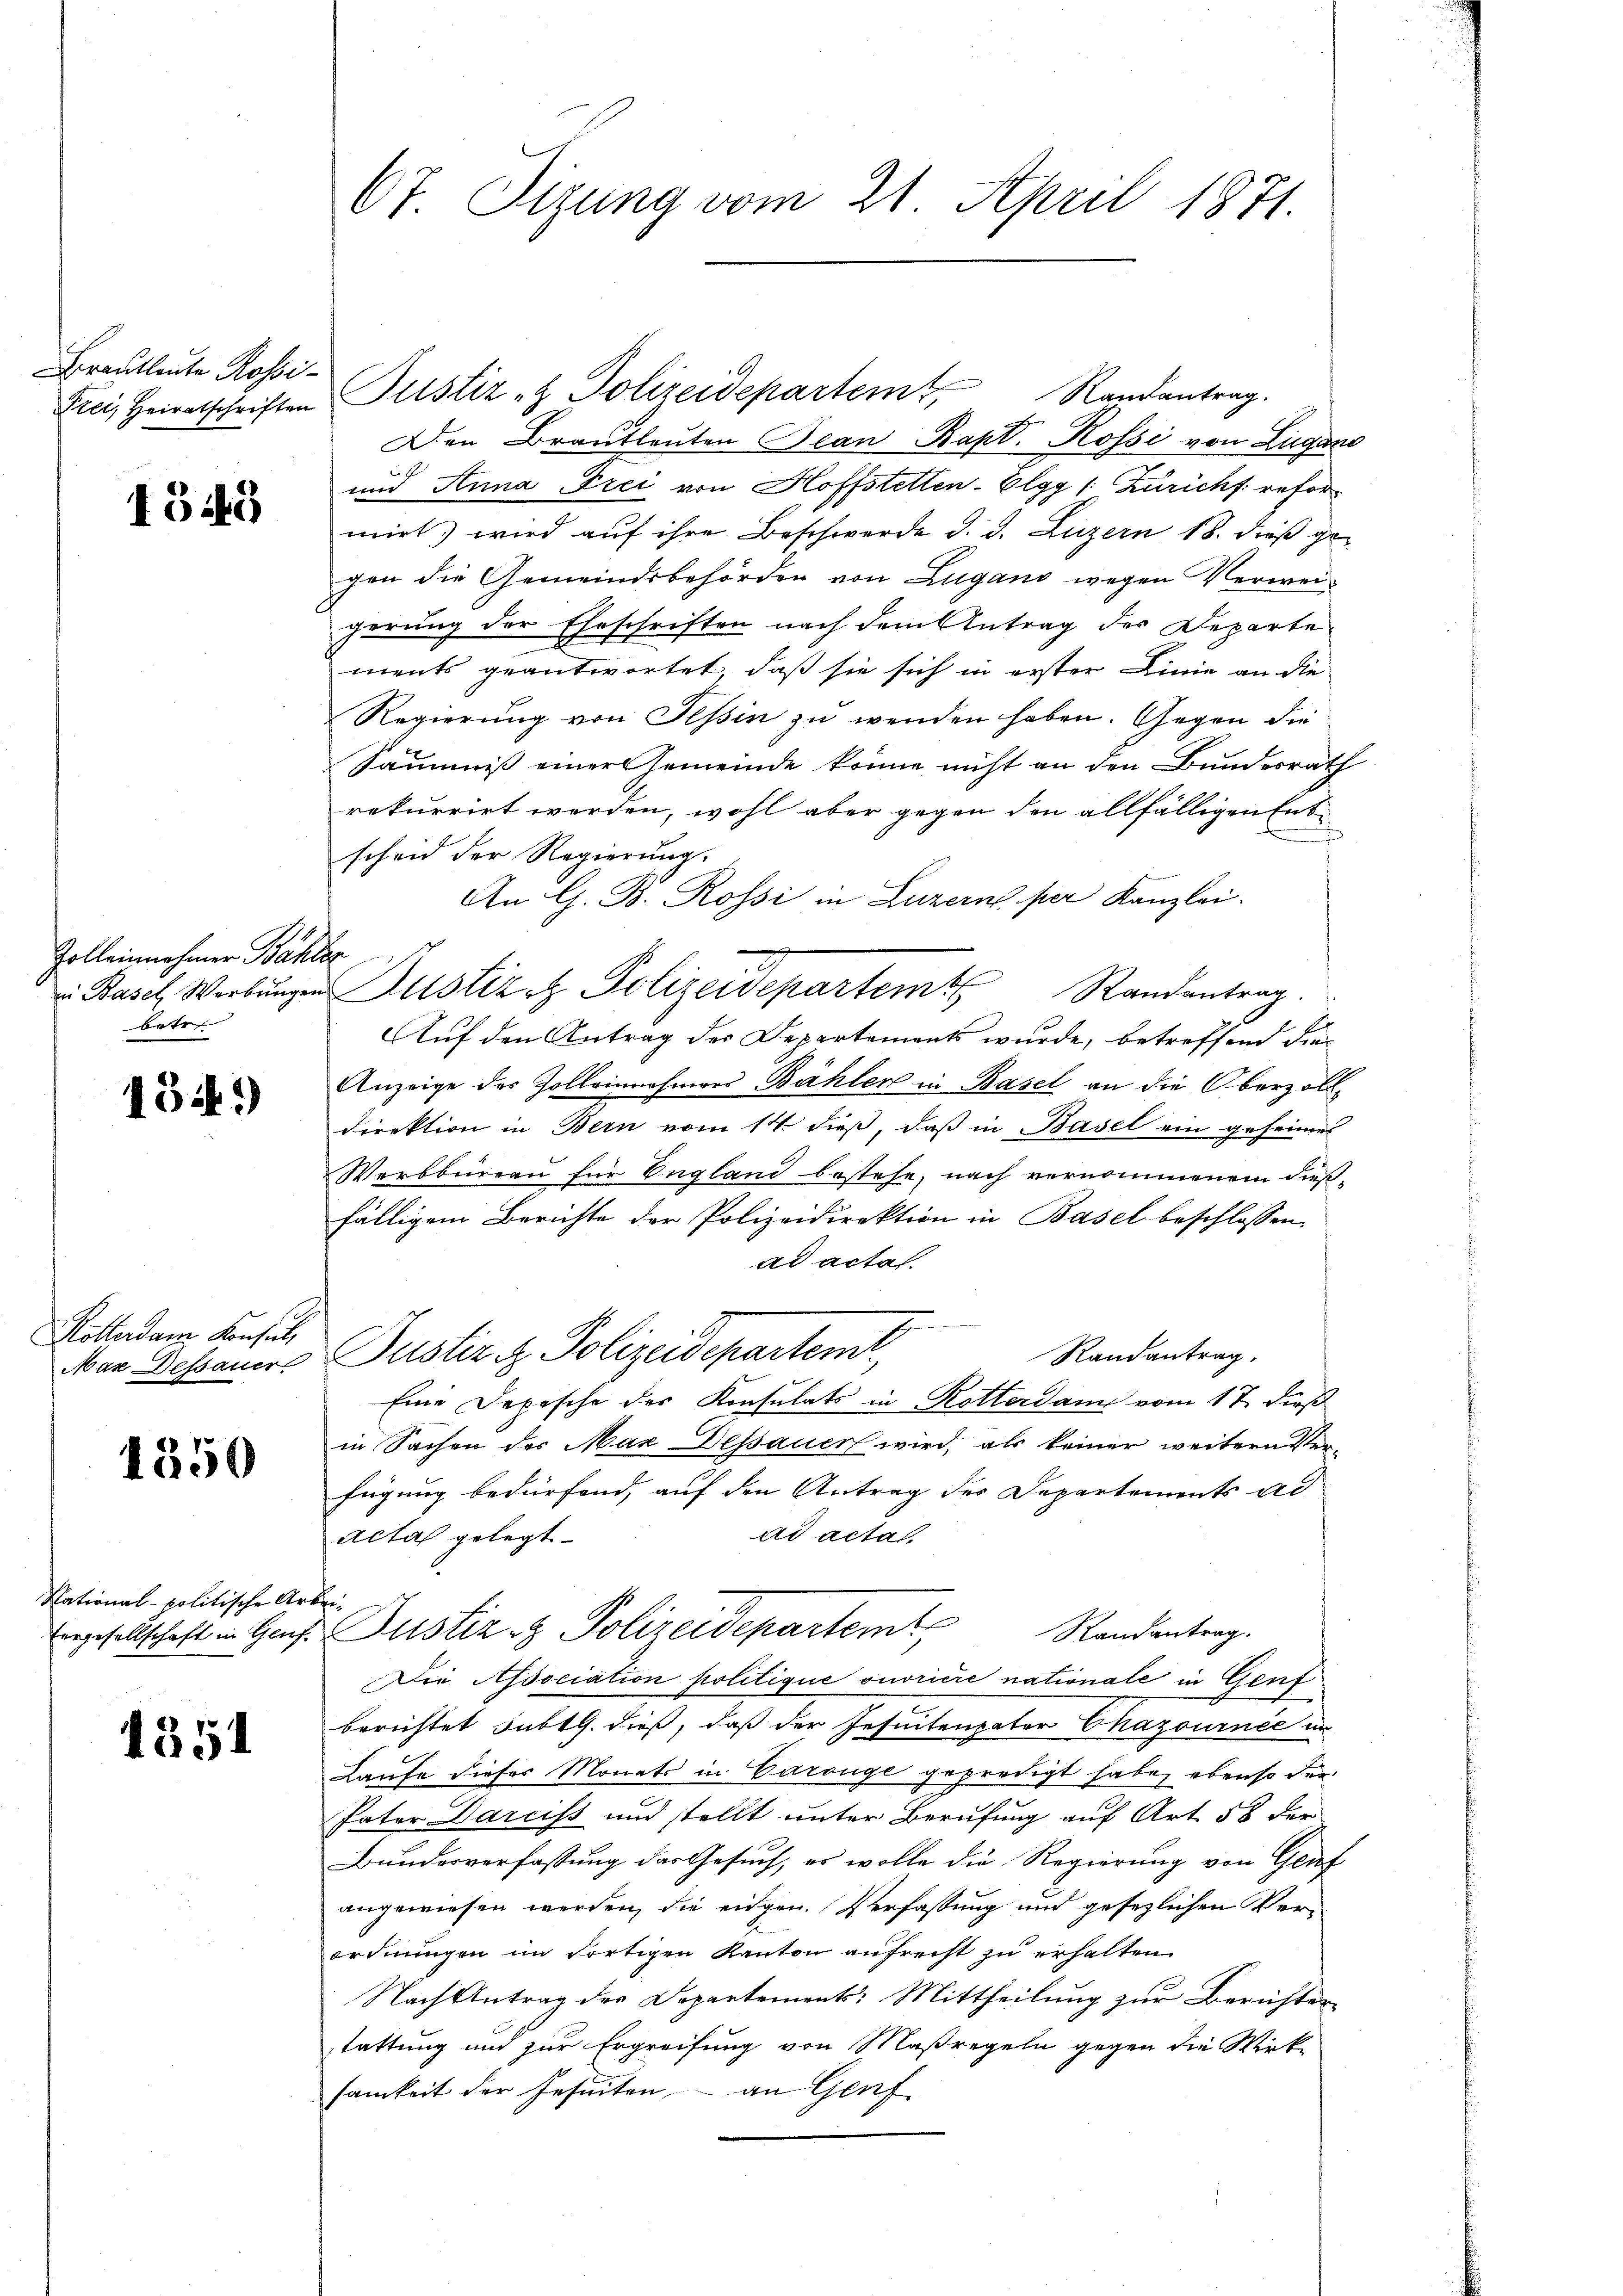
Brautleute Rossi¬

1549

Zolleinnehmer Bähler
batr

134.)

Rotterdam Konsul,
Mar Dessauer.

1350

National-politische Ar
Eergesellschaft in Genf

1551

67. Sizung vom 21. April 1871.

Den Brautleuten Bean Rapt. Rossi von Lugano
und Anna Frei von Hoffstetten-Elgg /: Züricht refor
mirt wird auf ihre Beschwerde d. d. Luzern 18. dieß gegen die Gemeindsbehörden von Lugano wegen Verweigerung der Eheschriften nach dem Antrag der Departe
F
ments geantwortet, daß sie sich in erster Linie an die
Regierung von Tessin zu wenden haben. Gegen die
Säumniß einer Gemeinde könne nicht an den Bundesrath
rekurrirt werden, wohl aber gegen den allfälligen Ent
scheid der Regierung.
An G. B. Rossi in Luzern per Kanzlei.
 Basel Werbŭngen Justiz & Polizeidepartem Randantrag.
Auf den Antrag des Departements wurde, betreffend die¬
Anzeige des Zolleinnahmers Bähler in Basel an die Oberzoll¬
Direktion in Bern vom 14. dieß, daß in Basel ein geheimer
Werbbüreau für England bestehe, nach vernommenem dieß-
fälligem Berichte der Polizeidirektion in Basel beschlossen,
ad actal.
Justiz & Polizeidepartem
Randantrag.
Eine Depesche der Konsulats in Rotterdam vom 17. dieß
in Sachen des Max Dessauer wird, als keiner weitern Verfügung bedürfend, auf den Antrag des Departements Ad
ad acta.
acta gelegt.
rhe
u Justiz- & Polizeidepartem Randentrag.
Die Association politique ouvriere nationale in Genf
berichtet subt G. dieß, daß der Jesuitenpater Chazournee in
Laufe dieser Monats in Carouge gepredigt habe, ebenso der
Pater Darciss und stellt unter Berufung auf Art. 58 der
Bundesverfassung das Gesuch, es wolle die Regierung von Genf
angewiesen werden, die eidgen. Verfassung und gesezlichen Verordnungen im dortigen Kanton aufrecht zu erhalten.
Nach Antrag des Departement: Mittheilung zur Berichter
tattung und zur Ergreifung von Maßregeln gegen die Wirk-
samkeit der Jesuiten an Genf

Frei, Heiratschriften Justiz - Polizeidepartem Randantrag.